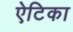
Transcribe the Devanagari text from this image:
ऐटिका